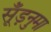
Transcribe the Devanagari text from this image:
सूँड़नुमा